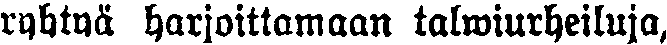
ryhtyä harjoittamaan talwiurheiluja,